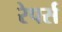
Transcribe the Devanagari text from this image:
रेपर्स